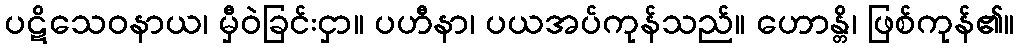
ပဋိသေဝနာယ၊ မှီဝဲခြင်းငှာ။ ပဟီနာ၊ ပယအပ်ကုန်သည်။ ဟောန္တိ၊ ဖြစ်ကုန်၏။